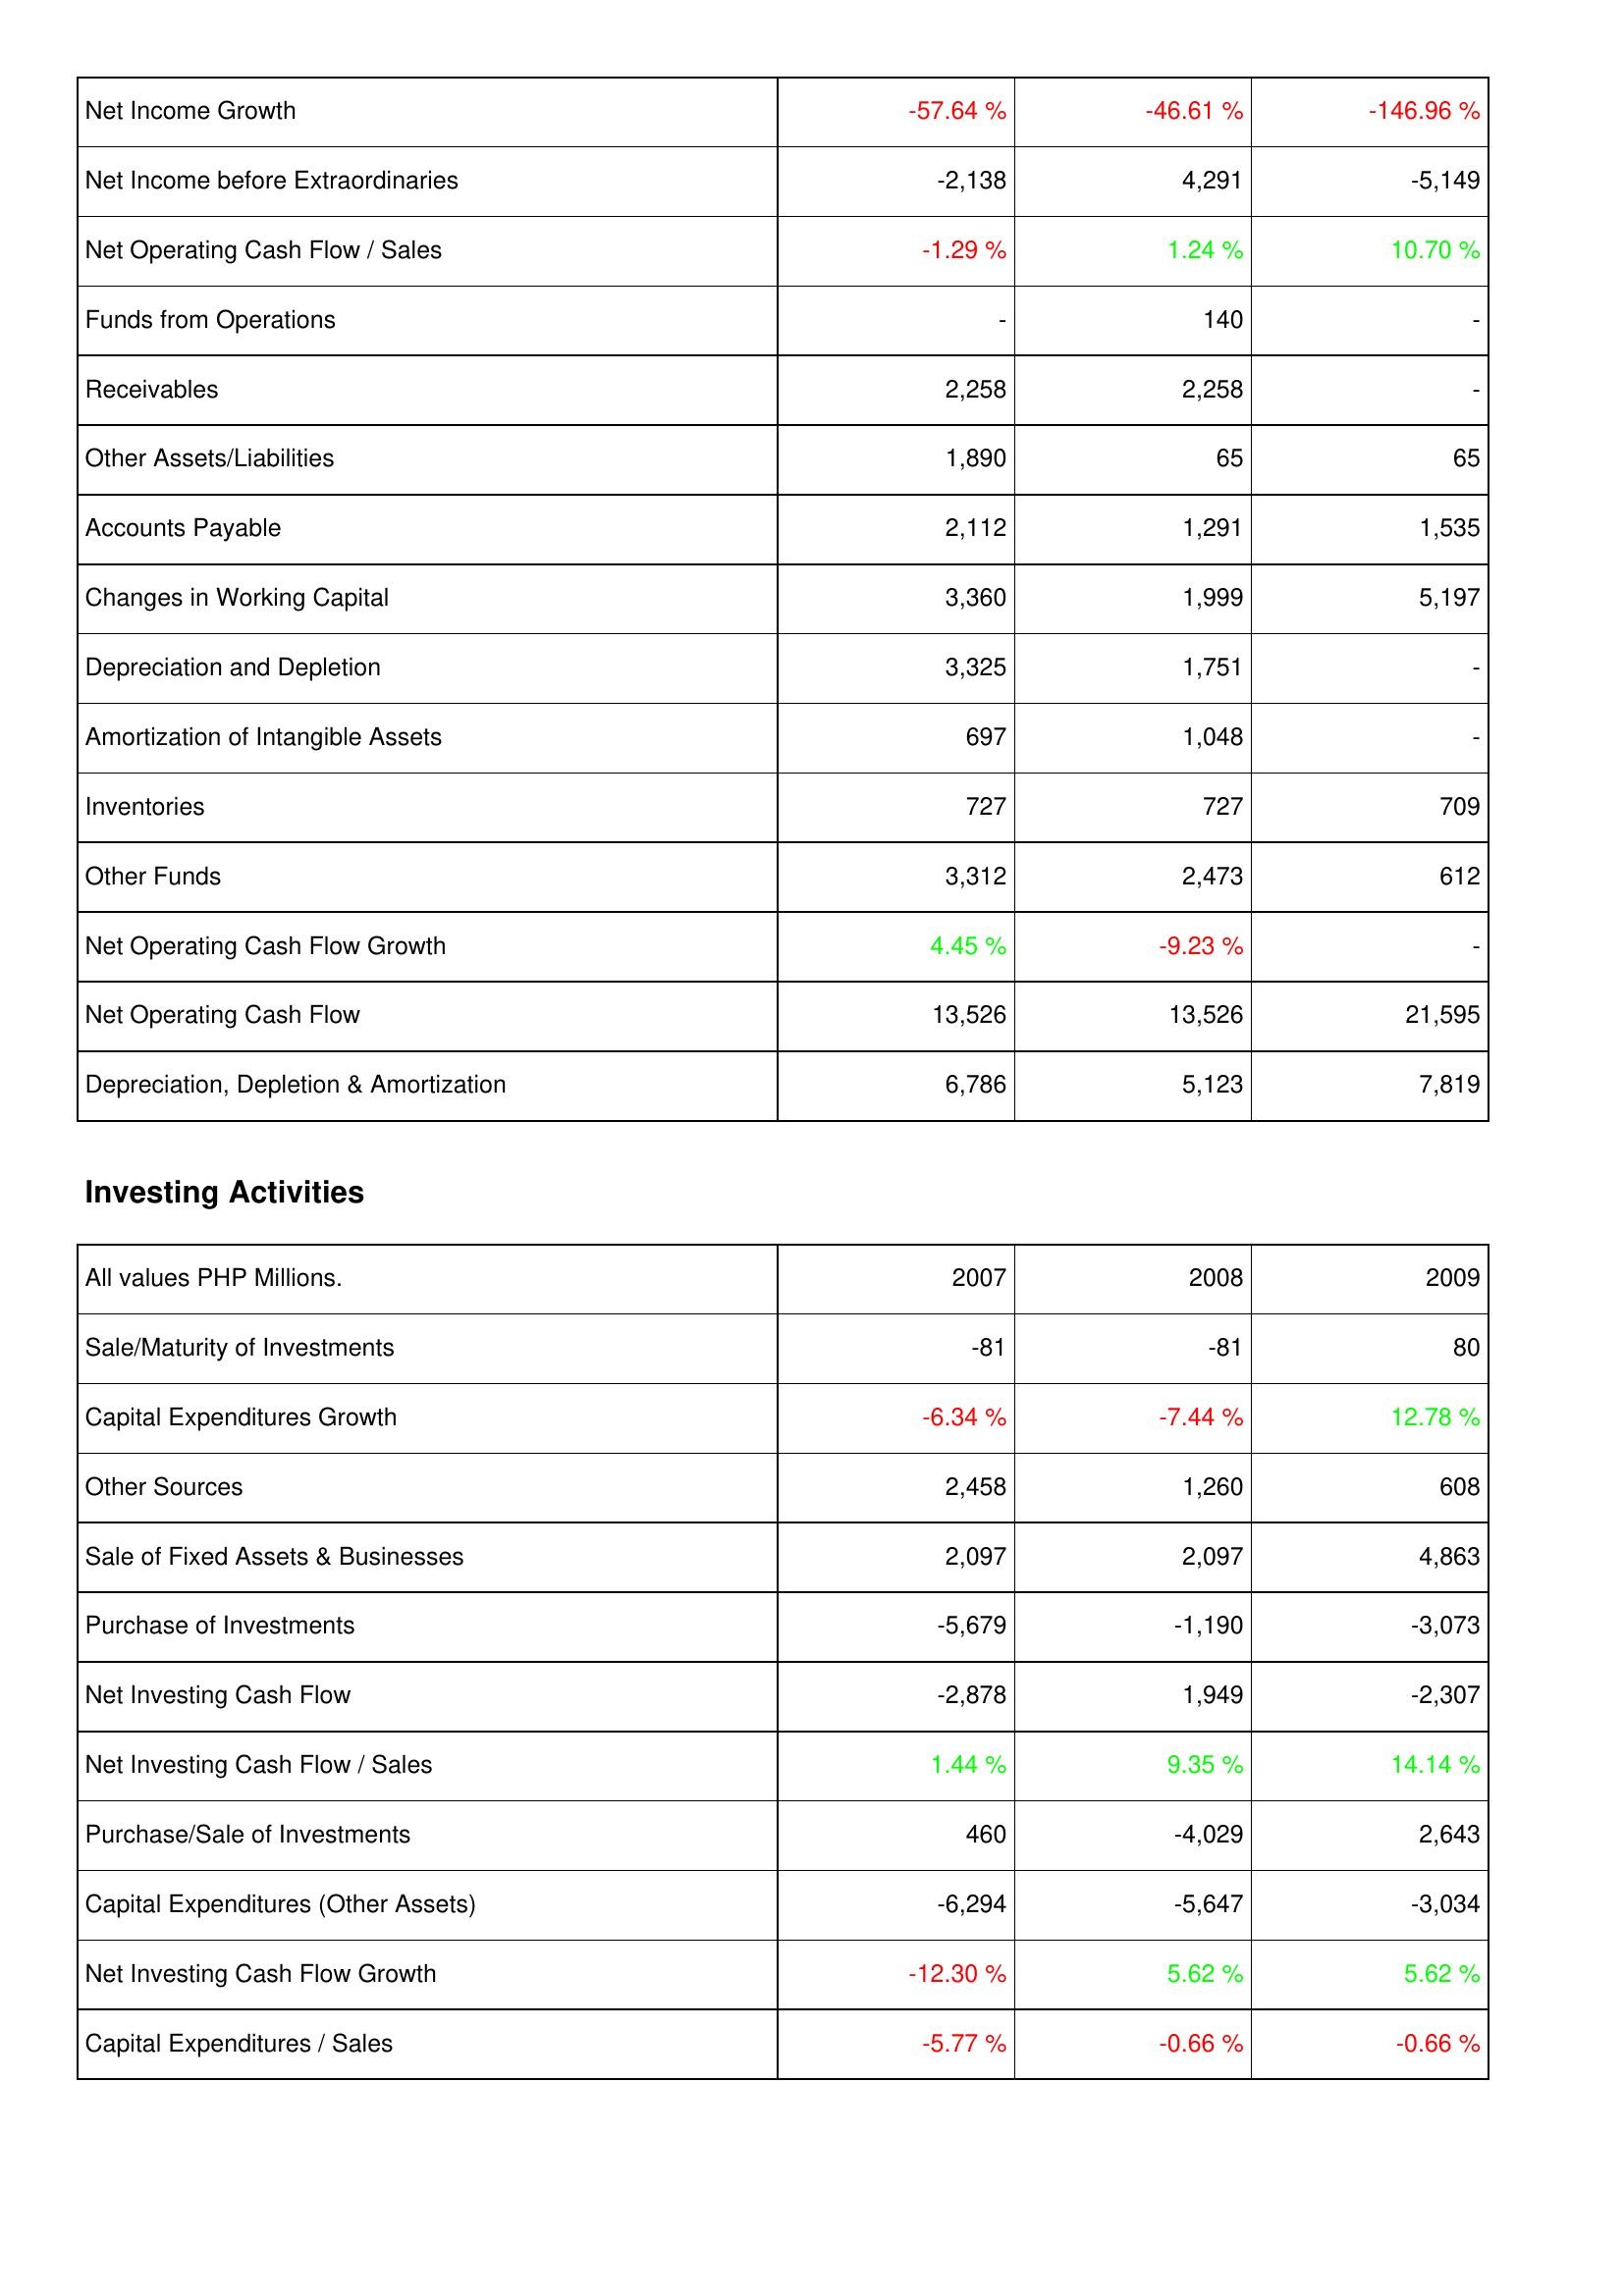
2007: Operating Activities: Net Income Growth: -57.64 %
Net Income before Extraordinaries: -2,138
Net Operating Cash Flow / Sales: -1.29 %
Funds from Operations: -
Receivables: 2,258
Other Assets/Liabilities: 1,890
Accounts Payable: 2,112
Changes in Working Capital: 3,360
Depreciation and Depletion: 3,325
Amortization of Intangible Assets: 697
Inventories: 727
Other Funds: 3,312
Net Operating Cash Flow Growth: 4.45 %
Net Operating Cash Flow: 13,526
Depreciation, Depletion & Amortization: 6,786
Investing Activities: Sale/Maturity of Investments: -81
Capital Expenditures Growth: -6.34 %
Other Sources: 2,458
Sale of Fixed Assets & Businesses: 2,097
Purchase of Investments: -5,679
Net Investing Cash Flow: -2,878
Net Investing Cash Flow / Sales: 1.44 %
Purchase/Sale of Investments: 460
Capital Expenditures (Other Assets): -6,294
Net Investing Cash Flow Growth: -12.30 %
Capital Expenditures / Sales: -5.77 %
2008: Operating Activities: Net Income Growth: -46.61 %
Net Income before Extraordinaries: 4,291
Net Operating Cash Flow / Sales: 1.24 %
Funds from Operations: 140
Receivables: 2,258
Other Assets/Liabilities: 65
Accounts Payable: 1,291
Changes in Working Capital: 1,999
Depreciation and Depletion: 1,751
Amortization of Intangible Assets: 1,048
Inventories: 727
Other Funds: 2,473
Net Operating Cash Flow Growth: -9.23 %
Net Operating Cash Flow: 13,526
Depreciation, Depletion & Amortization: 5,123
Investing Activities: Sale/Maturity of Investments: -81
Capital Expenditures Growth: -7.44 %
Other Sources: 1,260
Sale of Fixed Assets & Businesses: 2,097
Purchase of Investments: -1,190
Net Investing Cash Flow: 1,949
Net Investing Cash Flow / Sales: 9.35 %
Purchase/Sale of Investments: -4,029
Capital Expenditures (Other Assets): -5,647
Net Investing Cash Flow Growth: 5.62 %
Capital Expenditures / Sales: -0.66 %
2009: Operating Activities: Net Income Growth: -146.96 %
Net Income before Extraordinaries: -5,149
Net Operating Cash Flow / Sales: 10.70 %
Funds from Operations: -
Receivables: -
Other Assets/Liabilities: 65
Accounts Payable: 1,535
Changes in Working Capital: 5,197
Depreciation and Depletion: -
Amortization of Intangible Assets: -
Inventories: 709
Other Funds: 612
Net Operating Cash Flow Growth: -
Net Operating Cash Flow: 21,595
Depreciation, Depletion & Amortization: 7,819
Investing Activities: Sale/Maturity of Investments: 80
Capital Expenditures Growth: 12.78 %
Other Sources: 608
Sale of Fixed Assets & Businesses: 4,863
Purchase of Investments: -3,073
Net Investing Cash Flow: -2,307
Net Investing Cash Flow / Sales: 14.14 %
Purchase/Sale of Investments: 2,643
Capital Expenditures (Other Assets): -3,034
Net Investing Cash Flow Growth: 5.62 %
Capital Expenditures / Sales: -0.66 %